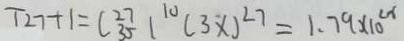
T _ { 2 7 } + 1 = C _ { 3 5 } ^ { 2 7 } 1 ^ { 1 0 } ( 3 x ) ^ { 2 7 } = 1 . 7 9 \times 1 0 ^ { 2 8 }